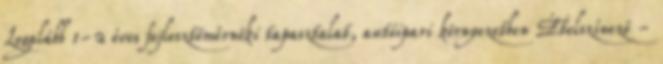
Legalább 1-2 éves fejlesztőmérnöki tapasztalat, autóipari környezetben Ételszínező -